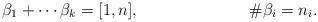
LaTeX: \begin{align*}\beta_1+ \cdots \beta _k &=[1,n],& \#\beta_i&=n_i.\end{align*}